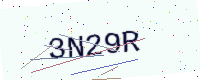
Text: 3N29R